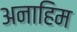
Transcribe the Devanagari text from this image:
अनाहिम